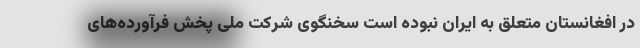
در افغانستان متعلق به ایران نبوده است سخنگوی شرکت ملی پخش فرآورده‌های